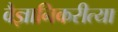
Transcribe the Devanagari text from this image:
वैज्ञानिकरीत्या